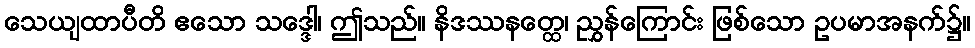
သေယျထာပီတိ ဧသော သဒ္ဒေါ၊ ဤသည်။ နိဒဿနတ္ထေ၊ ညွှန်ကြောင်း ဖြစ်သော ဥပမာအနက်၌။